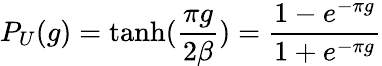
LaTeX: P_{U}(g)=\operatorname{tanh}({\frac{\pi g}{2\beta}})=\frac{1-e^{-\pi g}}{1+e^{-\pi g}}